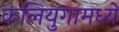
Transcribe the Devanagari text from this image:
कलियुगामध्ये